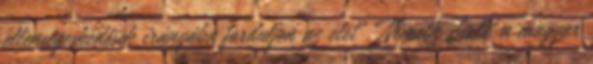
ellenségeskedések irányába forduljon az élet”. Németh Zsolt, a magyar